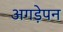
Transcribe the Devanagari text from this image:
अगड़ेपन